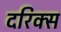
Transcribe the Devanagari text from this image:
दरिक्स